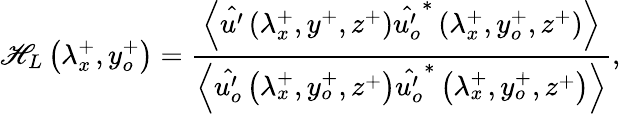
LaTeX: \mathscr{H}_{L}\left(\lambda_{x}^{+},y_{o}^{+}\right)=\frac{{\left\langle\hat{{u^{\prime}}}\left(\lambda_{x}^{+},y^{+},z^{+}\right)\hat{{u_{o}^{\prime}}}^{*}\left(\lambda_{x}^{+},y_{o}^{+},z^{+}\right)\right\rangle}}{{\left\langle\hat{{u_{o}^{\prime}}}\left(\lambda_{x}^{+},y_{o}^{+},z^{+}\right)\hat{{u_{o}^{\prime}}}^{*}\left(\lambda_{x}^{+},y_{o}^{+},z^{+}\right)\right\rangle}},